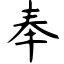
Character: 奉